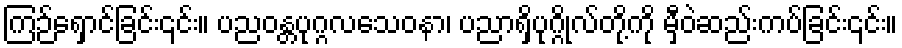
ကြဉ်ရှောင်ခြင်း၎င်း။ ပညဝန္တပုဂ္ဂလသေဝနာ၊ ပညာရှိပုဂ္ဂိုလ်တို့ကို မှီဝဲဆည်းကပ်ခြင်း၎င်း။